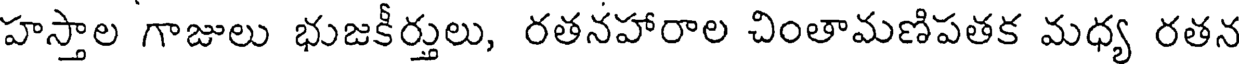
హస్తాల గాజులు భుజకీర్తులు, రతనహారాల చింతామణిపతక మధ్య రతన